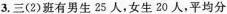
3.三(2)班有男生25人，女生20人，平均分